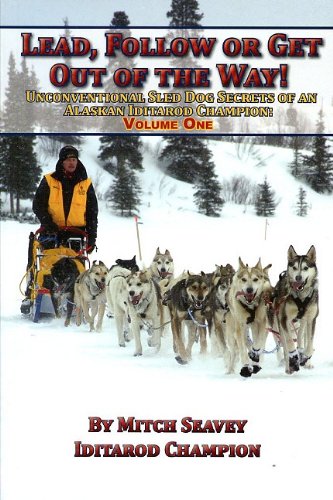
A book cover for Lead, Follow or Get Out of the Way: Unconventional Sled Dog Secrets of an Alaskan Iditarod Champion, Vol. 1; Mitch Seavey; Sports & Outdoors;